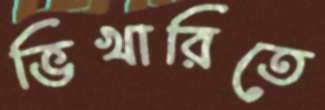
ভিখারিতে